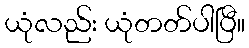
ယုံလည်း ယုံတတ်ပါပြီ။